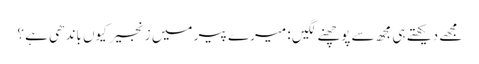
مجھے دیکھتے ہی مجھ سے پوچھنے لگیں : میرے پیر میں زنجیر کیوں باندھی ہے ؟